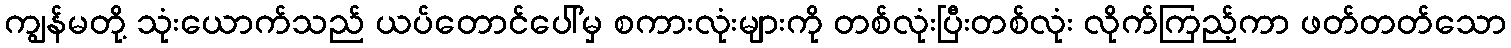
ကျွန်မတို့ သုံးယောက်သည် ယပ်တောင်ပေါ်မှ စကားလုံးများကို တစ်လုံးပြီးတစ်လုံး လိုက်ကြည့်ကာ ဖတ်တတ်သော